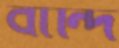
বান্দি